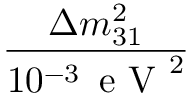
\frac { \Delta m _ { 3 1 } ^ { 2 } } { 1 0 ^ { - 3 } \, \mathrm { ~ e ~ V ~ } ^ { 2 } }